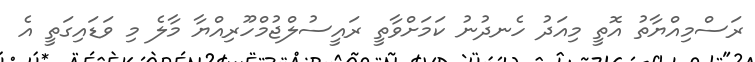
ރަސްމިއްޔާތު އޮތީ މިއަދު ހެނދުނު ކަމަށްވާތީ ރައީސުލްޖުމްހޫރިއްޔާ މާލެ މި ވަޑައިގަތީ އެ